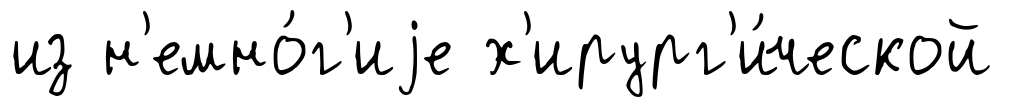
из н'емно́г'иjе х'ирург'и́ческой